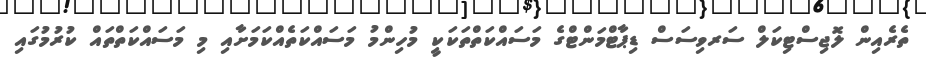
ތެރެއިން ލޮޖިސްޓިކަލް ސަރވިސަސް ޑިޕާޓްމަންޓްގެ މަސައްކަތްތަކަކީ މުހިންމު މަސައްކަތެއްކަމަށާއި މި މަސައްކަތްތައް ކުރުމުގައި